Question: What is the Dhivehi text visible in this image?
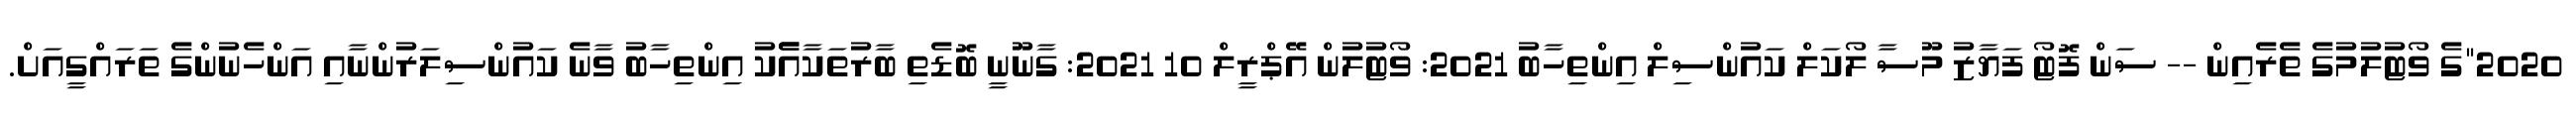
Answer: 2020"ގެ ވޯޓުލުމުގެ ތެރެއިން -- ސަން ފޮޓޯ ފަޔާޒު މޫސާ ލޯކަލް ކައުންސިލް އިންތިހާބު 2021: ވޯޓުލުން އޭޕްރީލް 10 2021: ގާނޫނީ ބޮޑެތި ބާރުތަކާއެެކު އިންތިހާބު ވާނެ ކައުންސިލަރުންނާއި އަންހެނުންގެ ތަރައްގީއަށް.